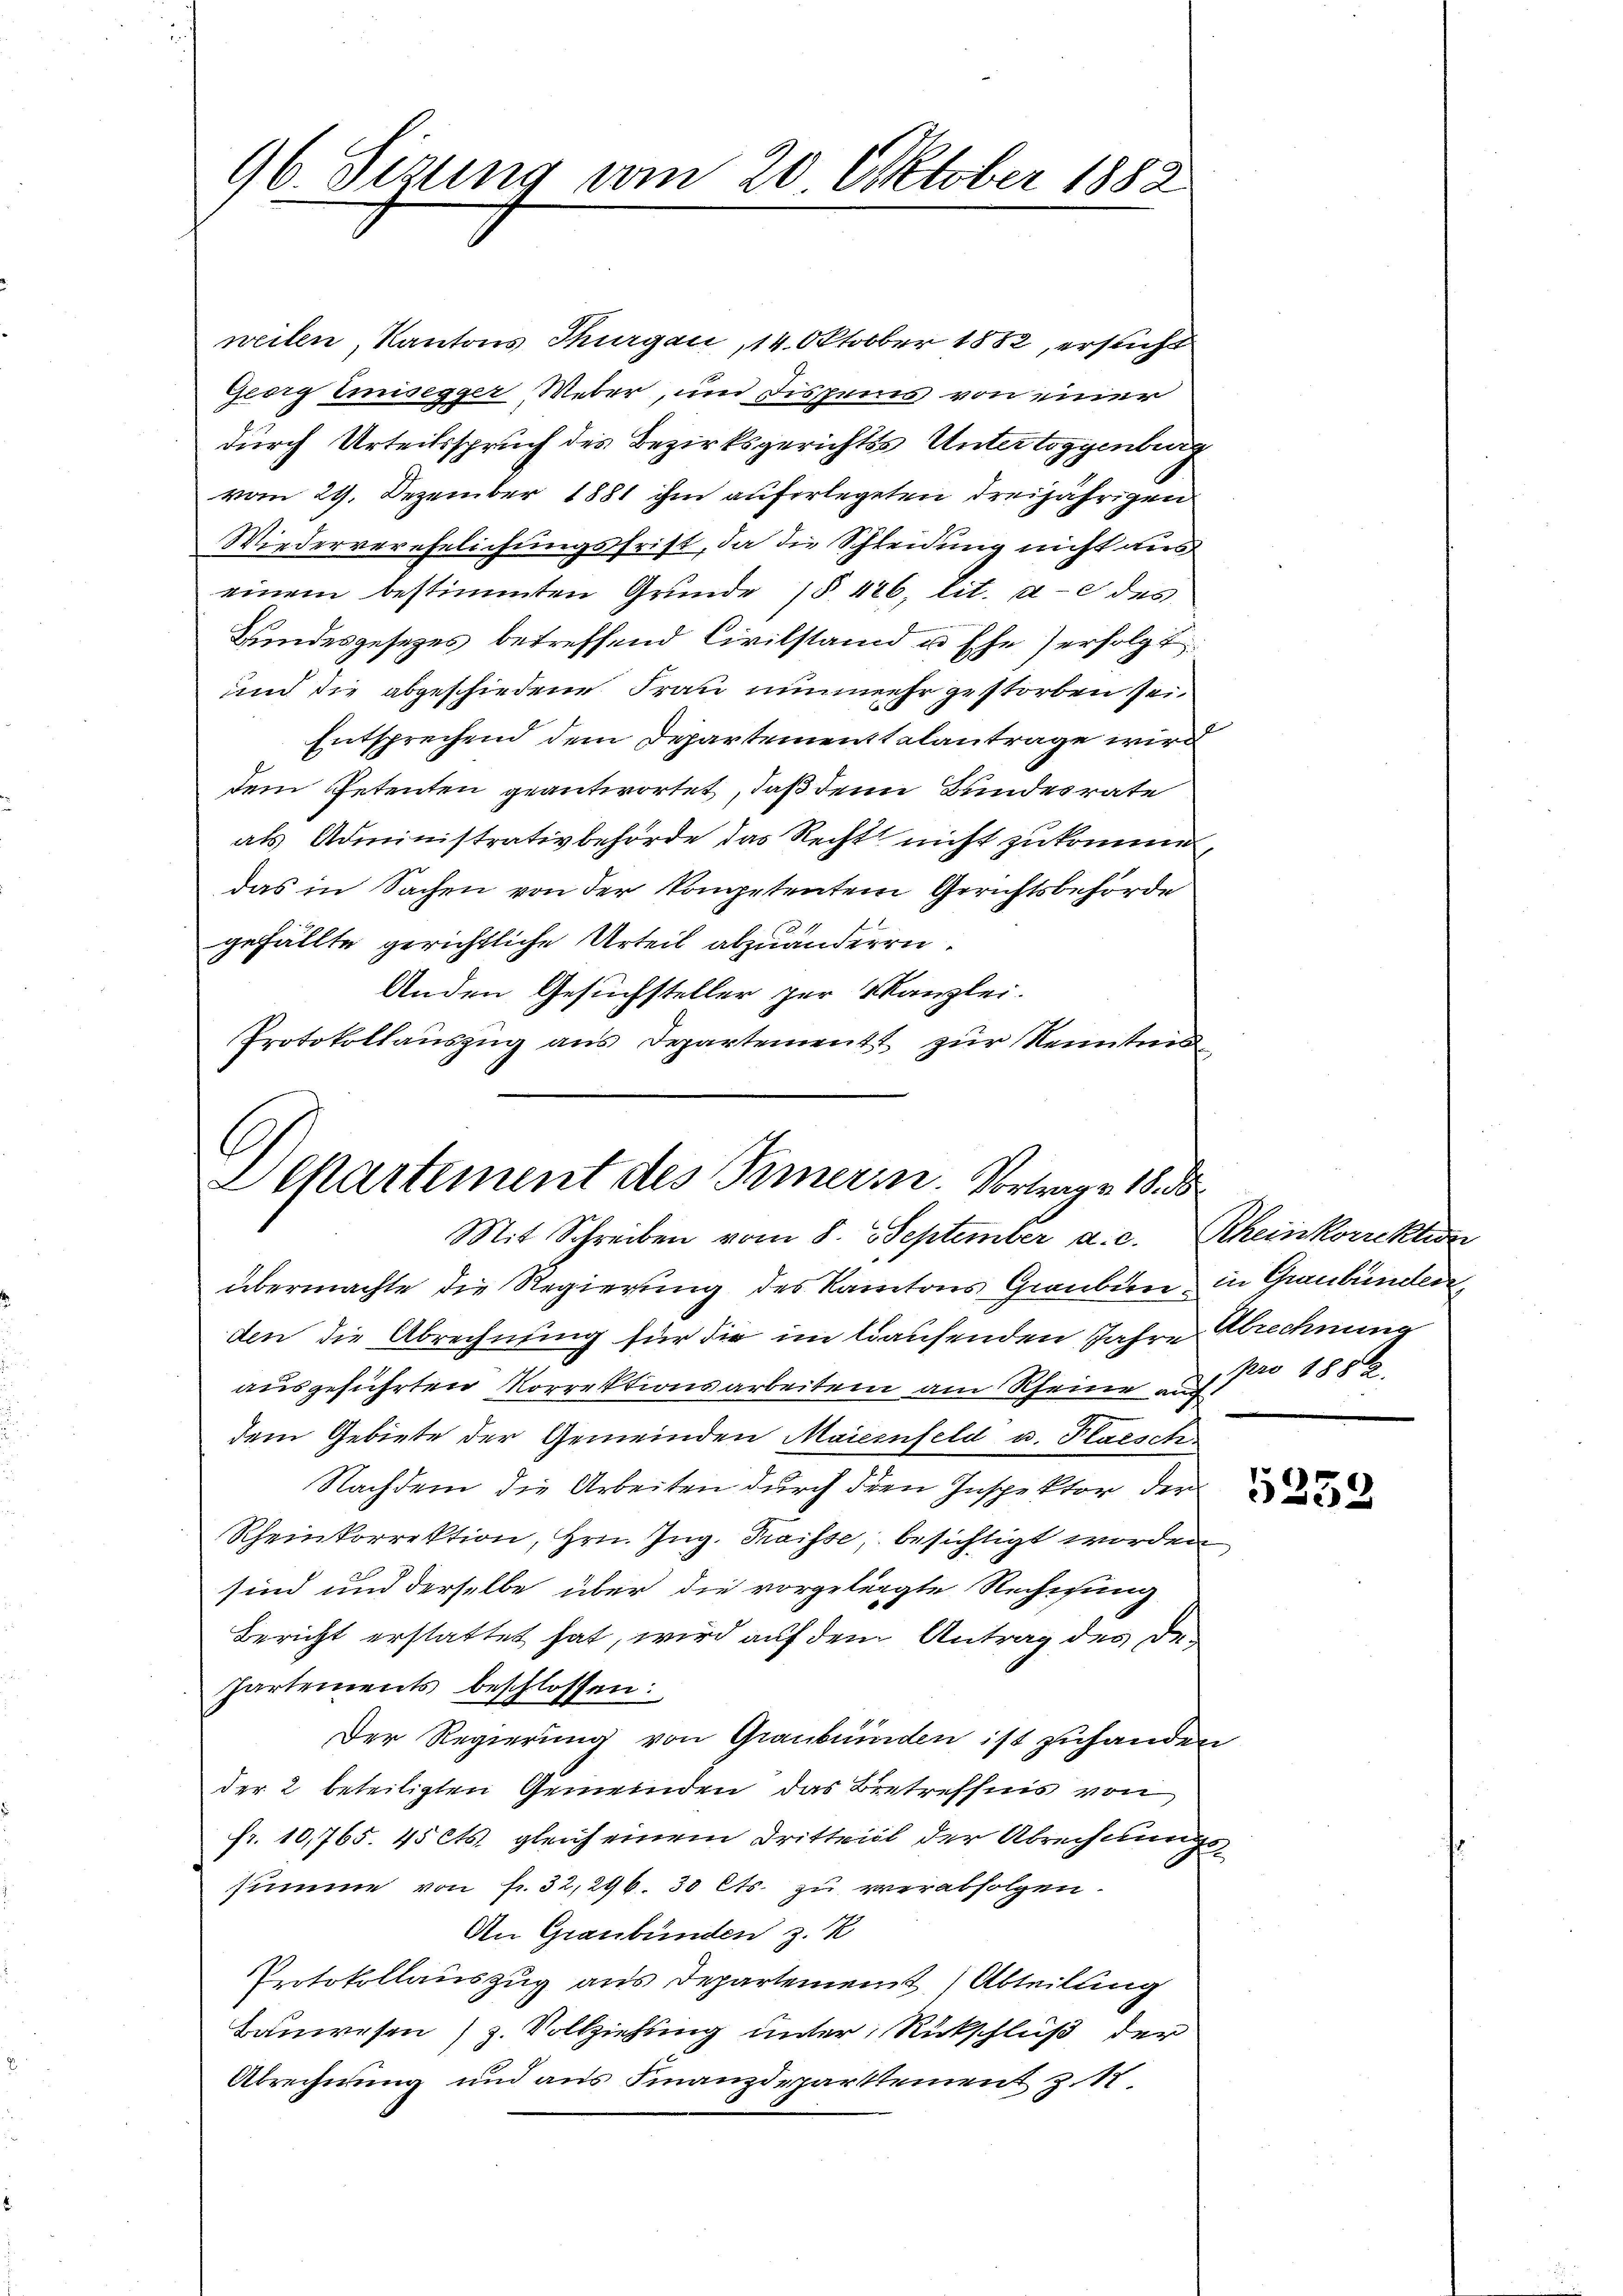
96. Sizung vom 20. Oktober 1882

weilen, Kantons Thurgau, 14. Oktober 1882, ersucht
Georg Emisegger Weber, und Dispens von einer
durch Urteilsspruch des Bezirksgerichts Untertoggenburg
vom 29. Dezember 1881 ihm auferlegeten dreijährigen
Wiederverehelichungsfrist, da die Schleidung nicht aus
einem bestimmten Gründe (§ 426, lit. a c des
Bundesgesetzes betreffend Civilstand u. Ehe erfolgt
und die abgeschiedene Frau nunmehr gestorben sei.
Entsprechend dem Departementtalantrage wird
dem Petenten geantwortet, daß denn Bundesrate
als Administrativbehörde das Recht nicht zukomme,
das in Sachen von der kompetentem Gerichtsbehörde
gefällte gerichtliche Urteil abzuänderen.
Anden Gesuchsteller zur Kanzlei.
Protokollaŭszŭg ans Departement zur Kenntni

Separtement des Innern. Vortrage 18. d
Mit Schreiben vom 8. September a. c. Rheinkorrektion

übermachte die Regierung des Kantons Grauben in Graubünden
den die Abrechnung für die im lausenden Jahre Abrechnung
ausgeführten Vorrektionsarbeiten am Rheine auch
dem Gebiete der Gemeinden Maiernfeld u. Plaesch
Nachdem die Arbeiten durch dien Inspektor der
Rheinkorrektion, Hrn. Zug. Traisse, besichtigt worden
sind und derselbe über die vorgelegte Rechnung
Bericht erstattet hat, wird auf dem Antrag des De¬
Partements beschlossen:
Der Regierung von Graubünden ist zuhanden
der 2 beteiligten Gemeinden, das Betreffnis von
fr. 10,765. 45 Cts. gleich einem Dritteil der Abrechnungssumme von fr. 32, 296. 30 Cts. zu verabfolgen.
An Graubünden z. K
Protokollauszug aus Departement Abteilung
Bauwesen (z. Vollziehung unter Rückschluß der
Abrechnung und aus Finanzdepartement z. 18.

pro 1882.